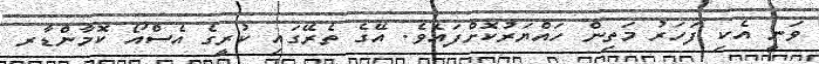
ވަނީ އެކި ފަހަރު މަތިން ހައްޔަރުކޮށްފައެވެ. އޭގެ ތެރޭގައި ކުރީގެ އެސްއޯ ކޮމާންޑާރ